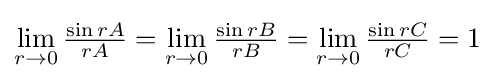
\lim _{r\to 0}{\tfrac {\sin rA}{rA}}=\lim _{r\to 0}{\tfrac {\sin rB}{rB}}=\lim _{r\to 0}{\tfrac {\sin rC}{rC}}=1